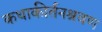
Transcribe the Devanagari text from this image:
कथाकीर्तनश्रवण